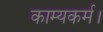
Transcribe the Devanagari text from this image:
काम्यकर्म।